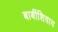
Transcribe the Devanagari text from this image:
बाबींशिवाय